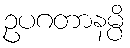
ဥပဂတာနမ္ပိ